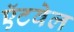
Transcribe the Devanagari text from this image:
ऍटवेल